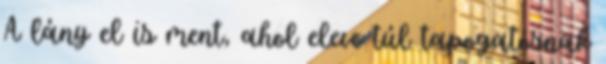
A lány el is ment, ahol eleve túl tapogatósnak